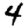
Digit: 4